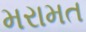
મરામત